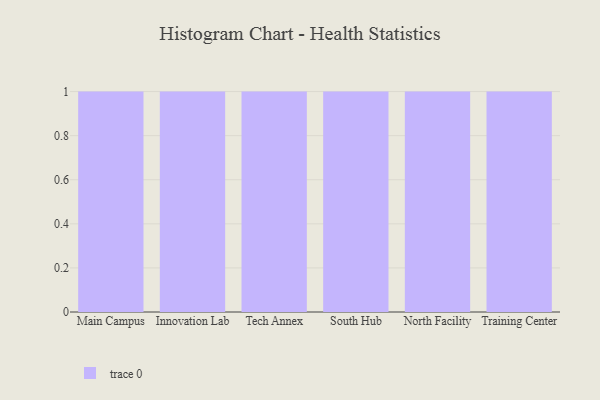
{"axis": {"x": "Campus", "y": "Headcount"}, "legend": [""], "data": [{"x": "Main Campus", "y": 59, "type": ""}, {"x": "Innovation Lab", "y": 11, "type": ""}, {"x": "Tech Annex", "y": 41, "type": ""}, {"x": "South Hub", "y": 49, "type": ""}, {"x": "North Facility", "y": 50, "type": ""}, {"x": "Training Center", "y": 69, "type": ""}]}